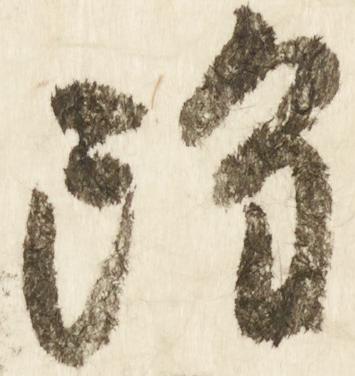
雖